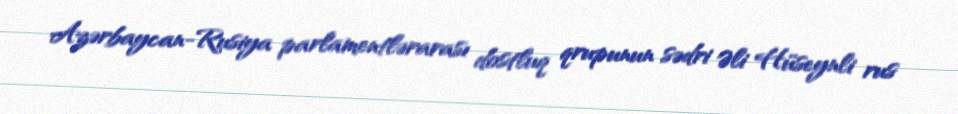
Azərbaycan-Rusiya parlamentlərarası dostluq qrupunun sədri Əli Hüseynli rus